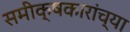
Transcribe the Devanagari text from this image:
समीक्षकारांच्या